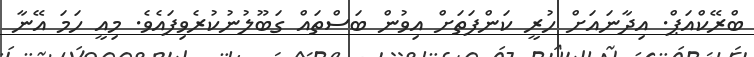
ބްރޭކްއަޕް. އިދާނައަށް ހުރީ ކަންފަތަށް އިވުން ބަސްތައް ގަބޫލުނުކުރެވިފައެވެ. މިއީ ހަމަ އޭނާ